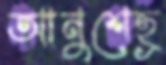
আনুশেহ্র